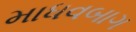
માધવબાગ